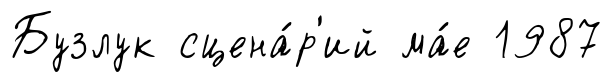
Бузлук сцена́р'ий ма́е 1987